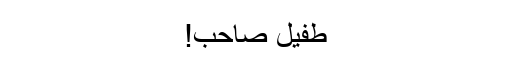
طفیل صاحب!